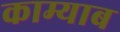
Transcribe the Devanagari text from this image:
काम्याब